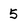
Character: 5